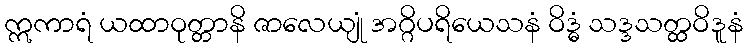
ဣကာရံ ယထာဝုတ္တာနိ ဇာလေယျုံ အဂ္ဂိပရိယေသနံ ဝိဒ္ဓံ သဒ္ဒသတ္ထဝိဒူနံ